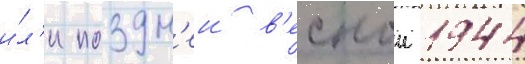
и́л'и поздн'еи в'еснои 1944